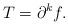
LaTeX: \begin{align*}T=\partial ^{k}f.\end{align*}